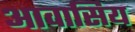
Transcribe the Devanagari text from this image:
आवासिय